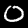
Label: 0